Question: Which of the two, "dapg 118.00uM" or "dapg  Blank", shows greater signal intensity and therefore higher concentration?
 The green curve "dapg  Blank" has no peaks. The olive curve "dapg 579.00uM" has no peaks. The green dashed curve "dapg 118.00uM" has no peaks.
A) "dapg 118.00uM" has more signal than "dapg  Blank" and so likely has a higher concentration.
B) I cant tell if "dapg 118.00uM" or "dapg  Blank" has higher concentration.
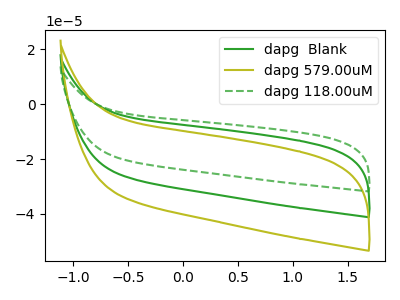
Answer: <think>Neither "dapg 118.00uM" or "dapg  Blank" have any peaks.
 </think>
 <answer>B) I cant tell if "dapg 118.00uM" or "dapg  Blank" has higher concentration.</answer>
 <eval>B</eval>